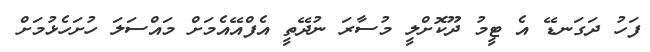
ފަހު ދަގަނޑޭ އެ ޓީމު ދޫކޮށްލީ މުސާރަ ނުދޭތީ އެފްއޭއެމަށް މައްސަލަ ހުށަހެޅުމަށް